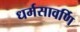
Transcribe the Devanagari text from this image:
धर्मसावर्णि